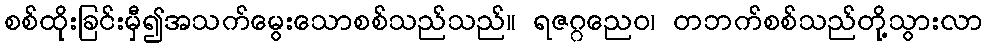
စစ်ထိုးခြင်းမှီ၍အသက်မွေးသောစစ်သည်သည်။ ရဇဂ္ဂညေဝ၊ တဘက်စစ်သည်တို့သွားလာ